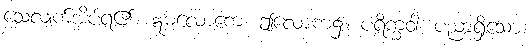
သေလျက်အိပ်ရ၏။ ဣဓလောကေ၊ ဤလောက၌။ ပရိက္ခဝါ၊ ပညာရှိသော။